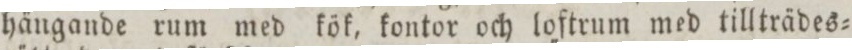
hängande rum med kök, kontor och loftrum med tillträdes=